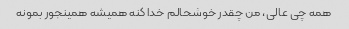
همه چی عالی، من چقدر خوشحالم خدا کنه همیشه همینجور بمونه